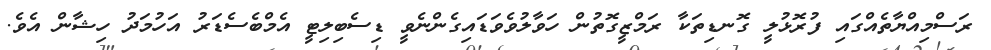
ރަސްމިއްޔާތެއްގައި ފުރޮޅުލީ ގޮނޑިތަކާ ރަމްޒީގޮތުން ހަވާލުވެވަޑައިގެންނެވީ ޑިސެބިލިޓީ އެމްބެސެޑަރު އަހުމަދު ހިޝާން އެވެ.